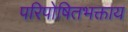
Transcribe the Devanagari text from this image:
परिपोषितभक्ताय